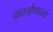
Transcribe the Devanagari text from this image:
वास्तोष्पतये